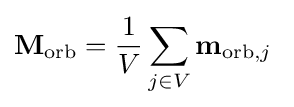
\mathbf {M} _{\rm {orb}}={\frac {1}{V}}\sum _{j\in V}\mathbf {m} _{{\rm {orb}},j}\;